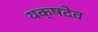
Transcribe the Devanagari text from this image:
यक्षदेव